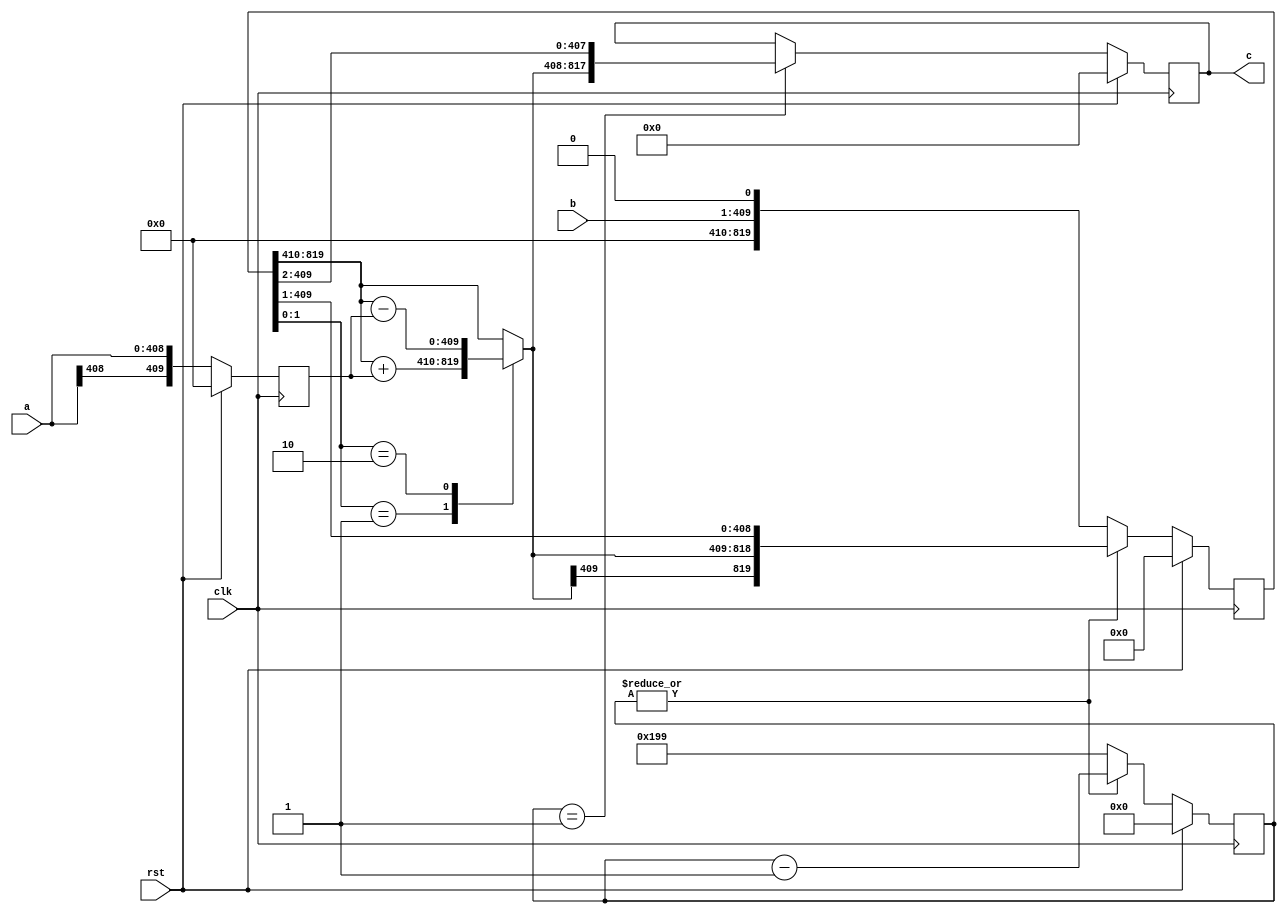
// TalTech large integer multiplier library
// Multiplier type: booth
// Parameters: 409 409 1
// Target tool: genus
module booth(clk, rst, a, b, c);
input clk;
input rst;
input [408:0] a;
input [408:0] b;
output reg [817:0] c;

// no pipeline vars

// Registers declaration 
reg  [409:0] mul_w_signguard;
reg  [8:0] count;
reg  [409:0] add_w_signguard;
reg  [819:0] mul_ab1;

// Step-1 of Booth Multiplier
always @(posedge clk) begin
	if (rst)
		count <= 9'd0;
	else if (|count)
		count <= (count - 1);
	else
		count <= 9'd409;
end

// Step-2 of Booth Multiplier
always @(posedge clk) begin
	if (rst)
		mul_w_signguard <= 409'd0;
	else
		mul_w_signguard <= {a[409 - 1], a};
end

// Step-3 of Booth Multiplier
always @(*) begin
	case (mul_ab1[1:0])
		2'b01     : add_w_signguard <= mul_ab1[819:410] + mul_w_signguard;
		2'b10     : add_w_signguard <= mul_ab1[819:410] - mul_w_signguard;
		default   : add_w_signguard <= mul_ab1[819:410];
	endcase
end

// Step-4 of Booth Multiplier
always @(posedge clk) begin
	if (rst)
		mul_ab1 <= 819'd0;
	else if (|count)
		mul_ab1 <= {add_w_signguard[409], add_w_signguard, mul_ab1[409:1]};
	else
		mul_ab1 <= {b, 1'b0};
end

// Step-5 of Booth Multiplier
always @(posedge clk) begin
	if (rst)
		c <= 817'd0;
	else if (count == 1)
		c <= {add_w_signguard[409], add_w_signguard, mul_ab1[409:2]};
end
endmodule